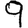
Digit: 9